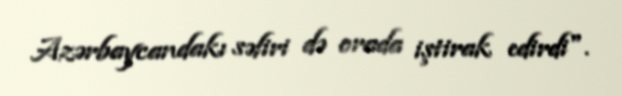
Azərbaycandakı səfiri də orada iştirak edirdi".